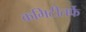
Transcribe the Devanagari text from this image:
कमिटीतर्फे